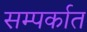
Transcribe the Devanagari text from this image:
सम्पर्कात